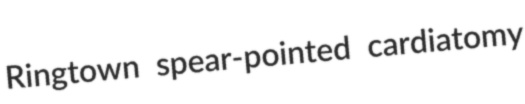
Ringtown spear-pointed cardiatomy